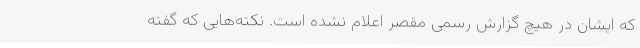
که ایشان در هیچ گزارش رسمی مقصر اعلام نشده است. نکته‌هایی که گفته